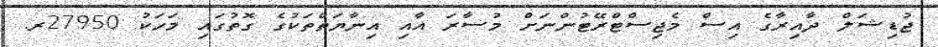
ޖުޑިޝަލް ދާއިރާގެ އިސް މެޖިސްޓްރޭޓުންނަށް މުސާރަ އާއި އިނާޔަތްތަކުގެ ގޮތުގައި މަހަކު 27950ރ.